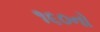
૧૬૦નો